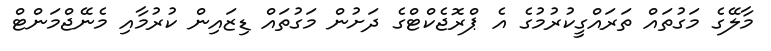
މާލޭގެ މަގުތައް ތަރައްގީކުރުމުގެ އެ ޕްރޮޖެކްޓްގެ ދަށުން މަގުތައް ޑިޒައިން ކުރުމާއި މެނޭޖްމަންޓް